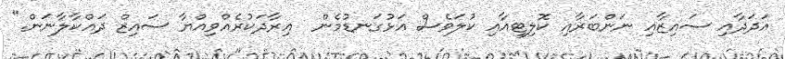
އަދަދާއި ސައިޒާއި ނަންބަރާއި ކޮލިޓީއާއި ކުލަވެސް އަޅުގަނޑުމެން  އިރާދަކުރެއްވިއްޔާ ސައިޒް ދައްކާލާނަން."